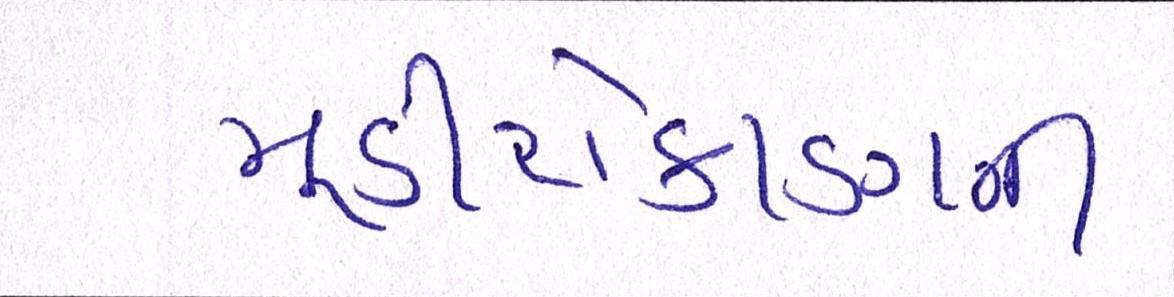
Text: મૂડીરોકાણની